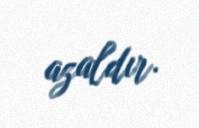
azaldır.